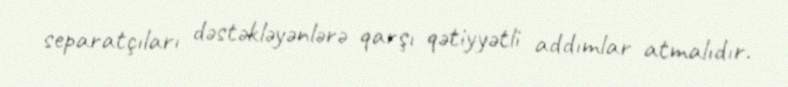
separatçıları dəstəkləyənlərə qarşı qətiyyətli addımlar atmalıdır.